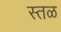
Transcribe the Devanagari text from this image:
स्तळ